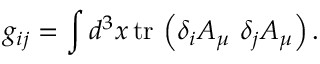
g _ { i j } = \int d ^ { 3 } x \, \mathrm { t r } \, \left( \delta _ { i } A _ { \mu } \, \, \delta _ { j } A _ { \mu } \right) .